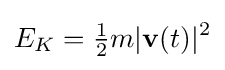
E_{K}={\tfrac {1}{2}}m|\mathbf {v} (t)|^{2}